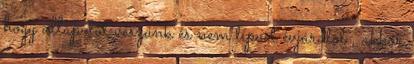
hogy állapotot veszünk és nem típust évjáratot , akkor